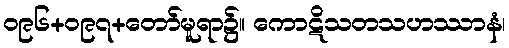
၀၉၆+၀၉၇+တော်မူရာ၌။ ကောဋိသတသဟဿာနံ၊